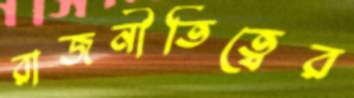
রাজনীতিত্বের